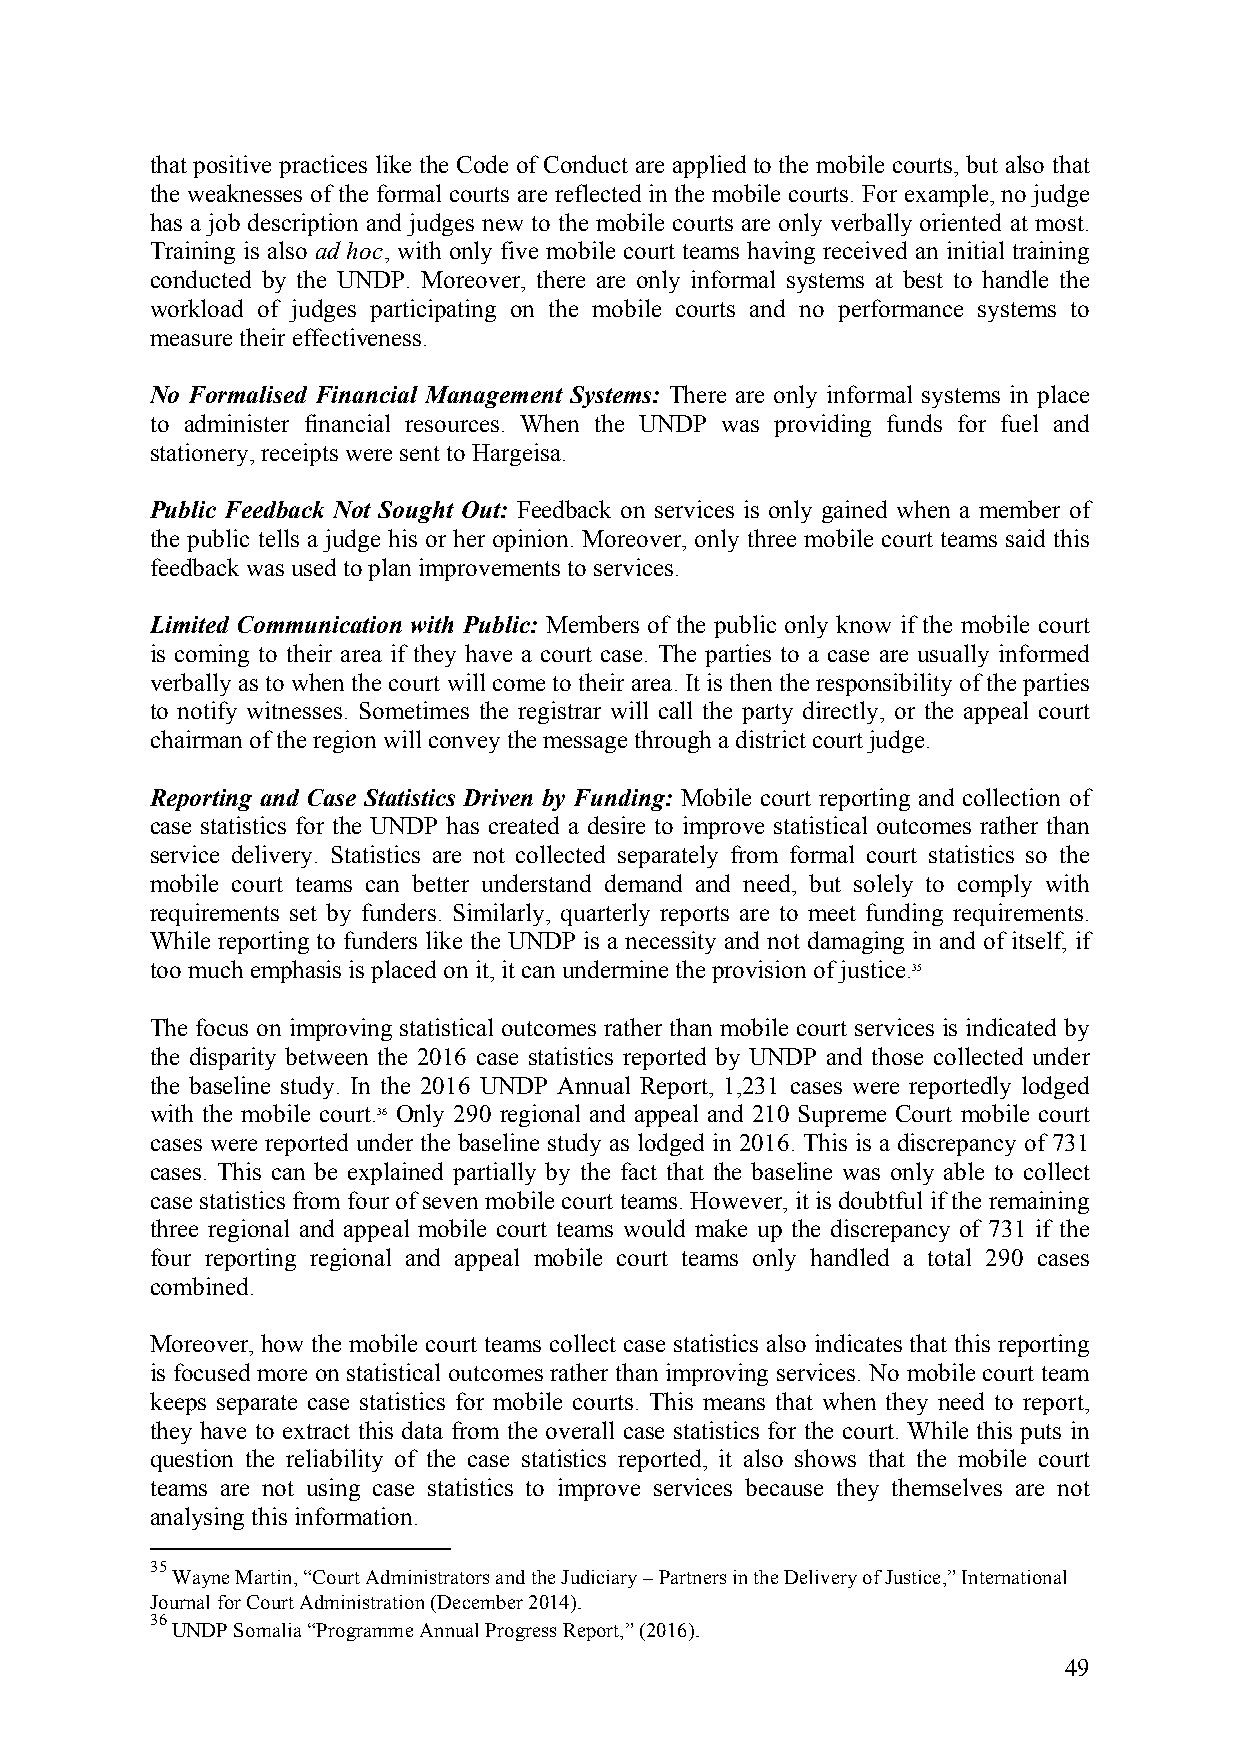
that positive practices like the Code of Conduct are applied to the mobile courts, but also that
 the weaknesses of the formal courts are reflected in the mobile courts. For example, no judge
 has a job description and judges new to the mobile courts are only verbally oriented at most.
 Training is also ad hoc, with only five mobile court teams having received an initial training
 conducted by the UNDP. Moreover, there are only informal systems at best to handle the
 workload of judges participating on the mobile courts and no performance systems to
 measure their effectiveness.
 No Formalised Financial Management Systems: There are only informal systems in place
 to administer financial resources. When the UNDP was providing funds for fuel and
 stationery, receipts were sent to Hargeisa.
 Public Feedback Not Sought Out: Feedback on services is only gained when a member of
 the public tells a judge his or her opinion. Moreover, only three mobile court teams said this
 feedback was used to plan improvements to services.
 Limited Communication with Public: Members of the public only know if the mobile court
 is coming to their area if they have a court case. The parties to a case are usually informed
 verbally as to when the court will come to their area. It is then the responsibility of the parties
 to notify witnesses. Sometimes the registrar will call the party directly, or the appeal court
 chairman of the region will convey the message through a district court judge.
 Reporting and Case Statistics Driven by Funding: Mobile court reporting and collection of
 case statistics for the UNDP has created a desire to improve statistical outcomes rather than
 service delivery. Statistics are not collected separately from formal court statistics so the
 mobile court teams can better understand demand and need, but solely to comply with
 requirements set by funders. Similarly, quarterly reports are to meet funding requirements.
 While reporting to funders like the UNDP is a necessity and not damaging in and of itself, if
 too much emphasis is placed on it, it can undermine the provision of justice.35
 The focus on improving statistical outcomes rather than mobile court services is indicated by
 the disparity between the 2016 case statistics reported by UNDP and those collected under
 the baseline study. In the 2016 UNDP Annual Report, 1,231 cases were reportedly lodged
 with the mobile court.36 Only 290 regional and appeal and 210 Supreme Court mobile court
 cases were reported under the baseline study as lodged in 2016. This is a discrepancy of 731
 cases. This can be explained partially by the fact that the baseline was only able to collect
 case statistics from four of seven mobile court teams. However, it is doubtful if the remaining
 three regional and appeal mobile court teams would make up the discrepancy of 731 if the
 four reporting regional and appeal mobile court teams only handled a total 290 cases
 combined.
 Moreover, how the mobile court teams collect case statistics also indicates that this reporting
 is focused more on statistical outcomes rather than improving services. No mobile court team
 keeps separate case statistics for mobile courts. This means that when they need to report,
 they have to extract this data from the overall case statistics for the court. While this puts in
 question the reliability of the case statistics reported, it also shows that the mobile court
 teams are not using case statistics to improve services because they themselves are not
 analysing this information.
 35
 Wayne Martin, “Court Administrators and the Judiciary – Partners in the Delivery of Justice,” International
 Journal for Court Administration (December 2014).
 36
 UNDP Somalia “Programme Annual Progress Report,” (2016).
 49